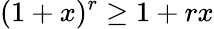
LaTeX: (1+x)^{r}\geq 1+rx